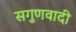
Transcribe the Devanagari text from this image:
सगुणवादी